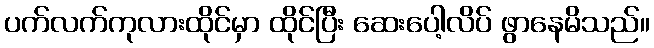
ပက်လက်ကုလားထိုင်မှာ ထိုင်ပြီး ဆေးပေါ့လိပ် ဖွာနေမိသည်။